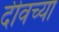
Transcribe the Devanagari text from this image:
दीवच्या